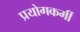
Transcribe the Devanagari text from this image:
प्रयोगकर्मी